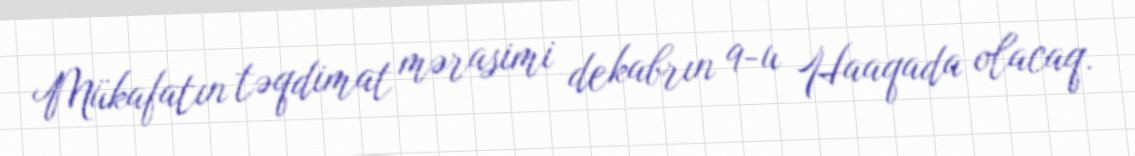
Mükafatın təqdimat mərasimi dekabrın 9-u Haaqada olacaq.